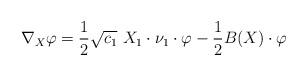
LaTeX: \begin{align*}\nabla_X \varphi = \frac{1}{2} \sqrt{c_1}\ X_1 \cdot \nu_1\cdot \varphi - \frac{1}{2}B(X)\cdot \varphi\end{align*}